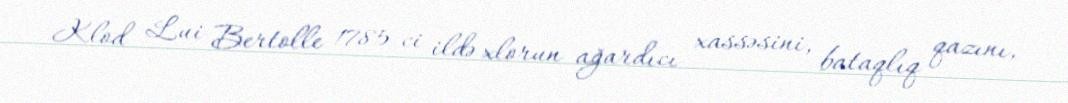
Klod Lui Bertolle 1785-ci ildə xlorun ağardıcı xassəsini, bataqlıq qazını,